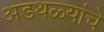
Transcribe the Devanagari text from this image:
अडथळ्यांचे